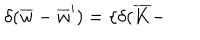
\delta ( \overline { { { w } } } - \overline { { { w } } } ^ { \prime } ) = \{ \delta ( \overline { { { K } } } -